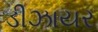
ડીઝાયર